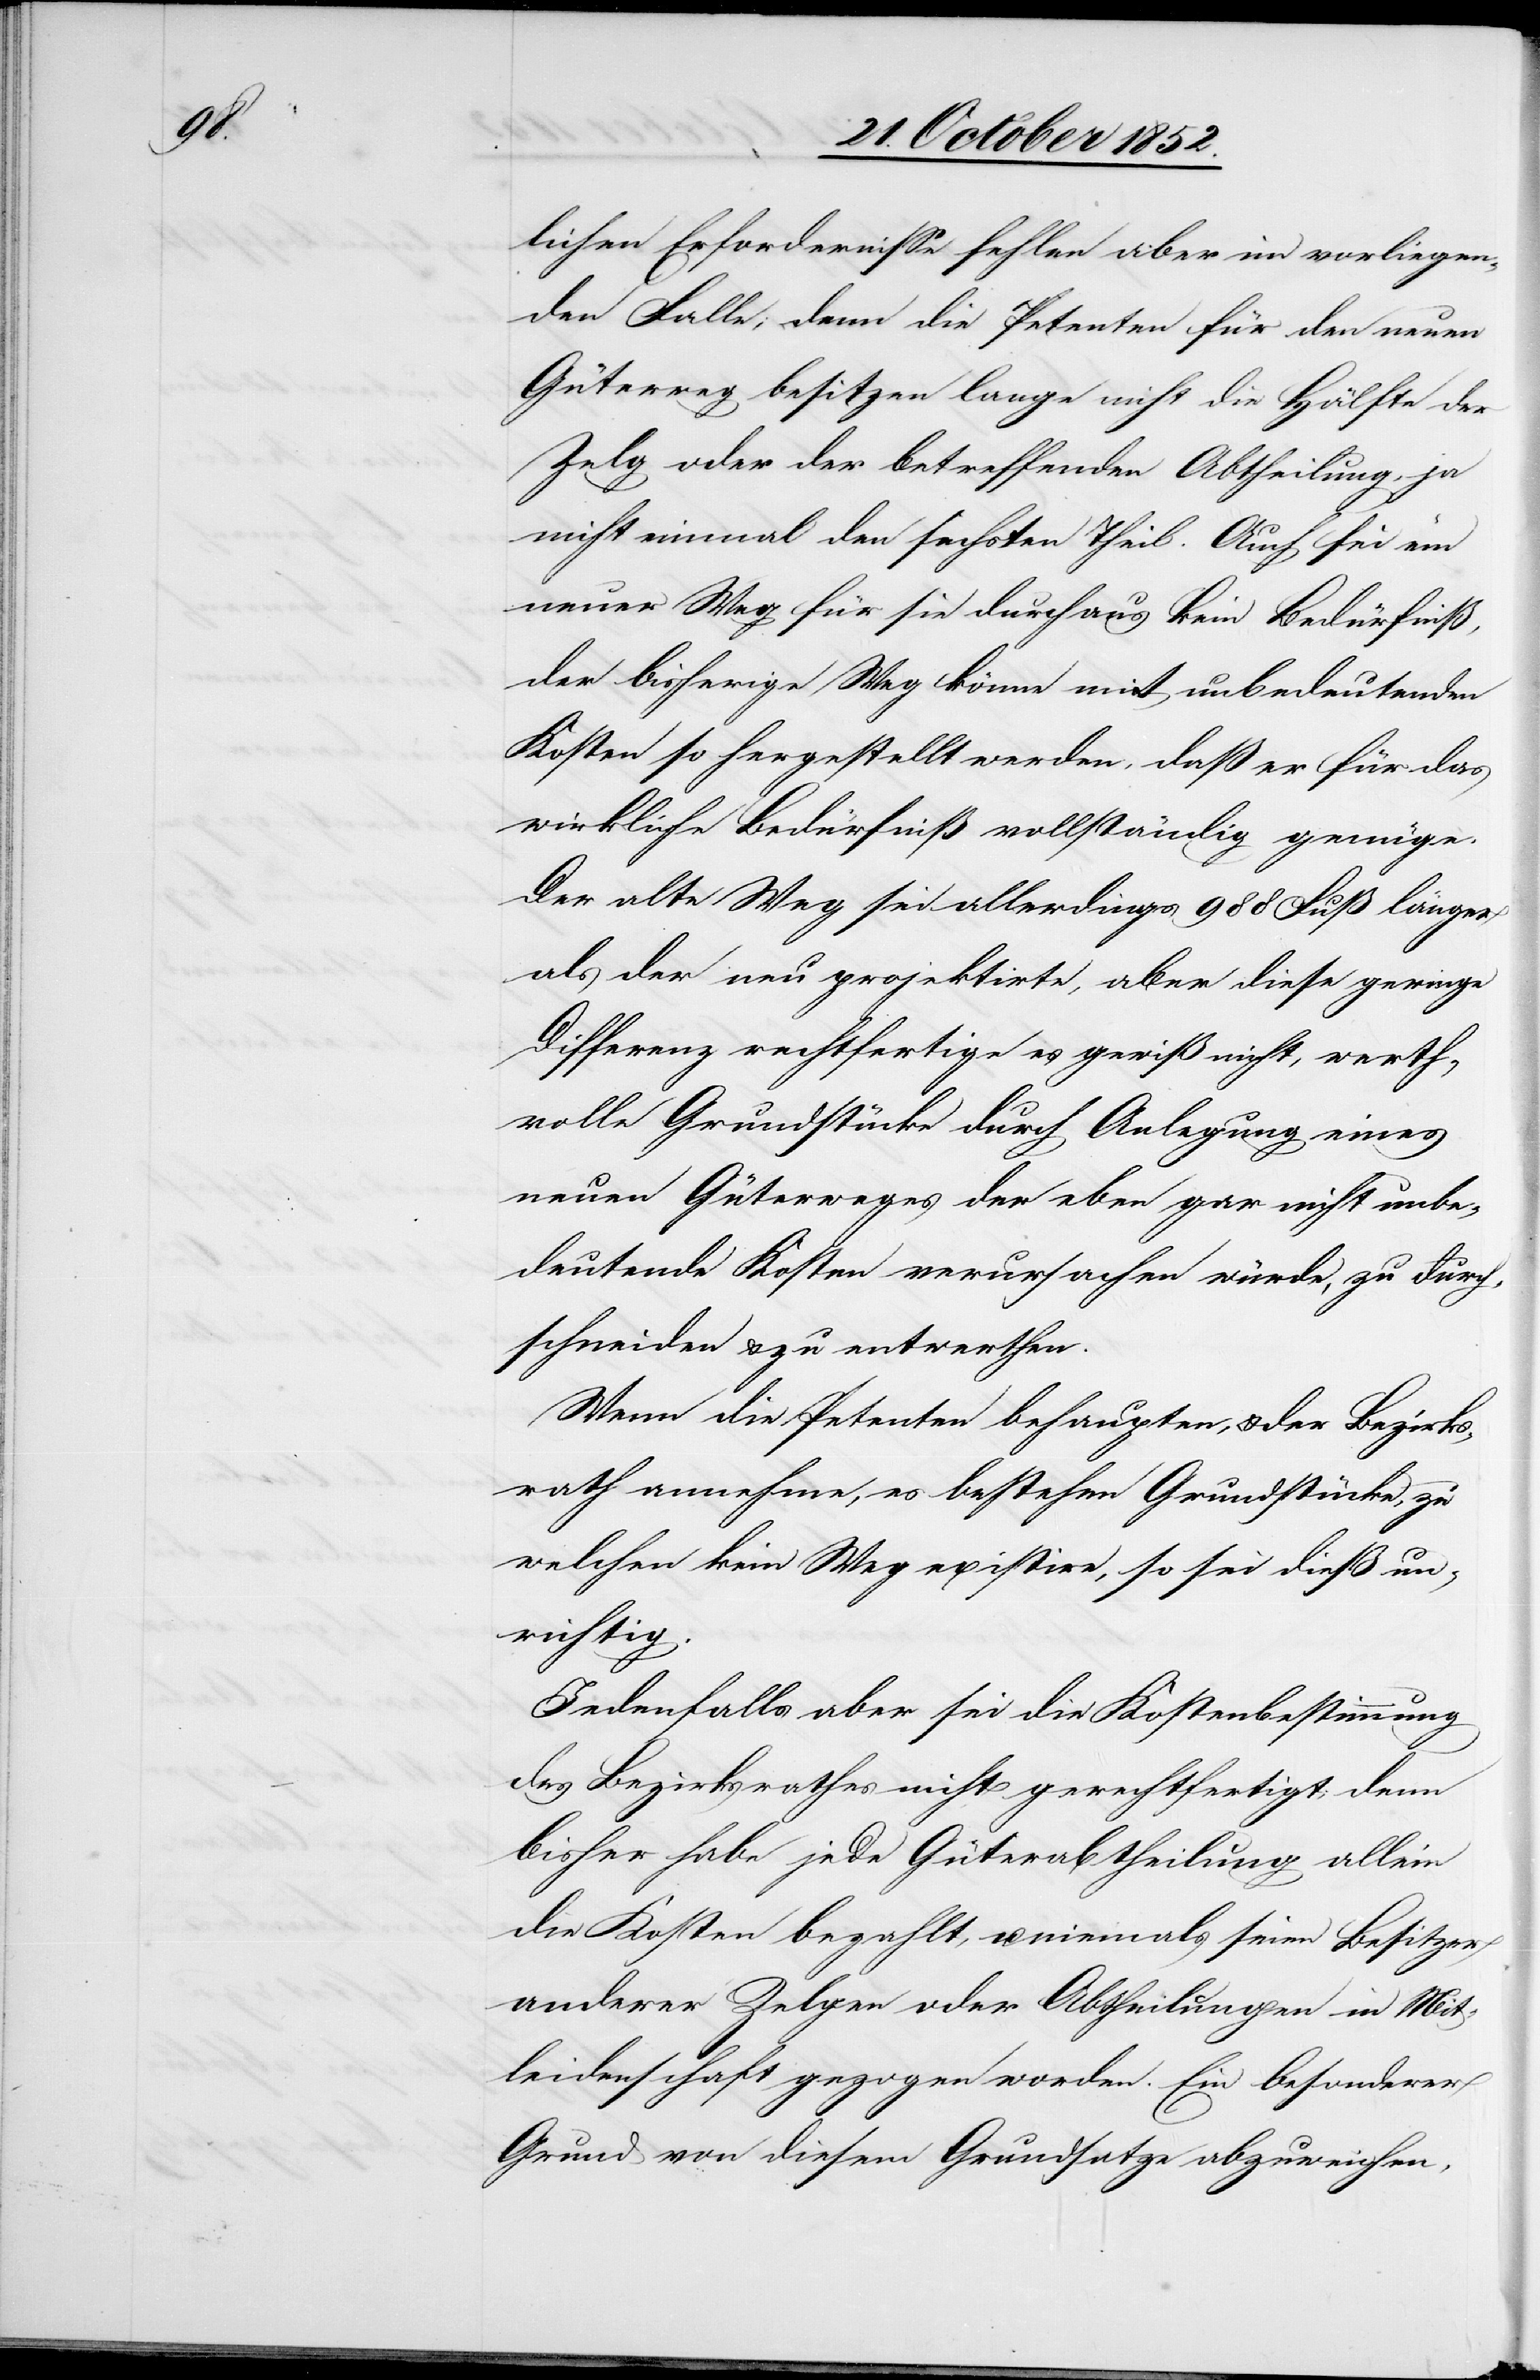
lichen Erfordernisse fehlen aber im vorliegen¬
den Falle; denn die Petenten für den neuen
Güterweg besitzen lange nicht die Hälfte der
Zelg oder der betreffenden Abtheilung, ja
nicht einmal den sechsten Theil. Auch sei ein
neuer Weg für sie durchaus kein Bedürfniß,
der bisherige Weg könne mit unbedeutenden
Kosten so hergestellt werden, daß er für das
wirkliche Bedürfniß vollständig genüge.
Der alte Weg sei allerdings 988 Fuß länger
als der neu projektirte, aber diese geringe
Differenz rechtfertige es gewiß nicht, werth¬
volle Grundstücke durch Anlegung eines
neuen Güterweges der eben gar nicht unbe¬
deutende Kosten verursachen würde, zu durch¬
schneiden & zu entwerthen.
Wenn die Petenten behaupten, & der Bezirks¬
rath annehme, es bestehen Grundstücke, zu
welchen kein Weg existire, so sei dieß un¬
richtig.
Jedenfalls aber sei die Kostenbestimmung
des Bezirksrathes nicht gerechtfertigt, denn
bisher habe jede Güterabtheilung allein
die Kosten bezahlt, u. niemals seien Besitzer
anderer Zelgen oder Abtheilungen in Mit¬
leidenschaft gezogen worden. Ein besonderer
Grund von diesem Grundsatze abzuweichen,